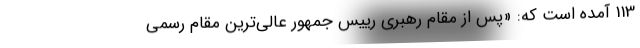
113 آمده است که: «پس از مقام رهبری رییس جمهور عالی‌ترین مقام رسمی